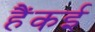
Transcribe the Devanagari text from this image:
हैंकई